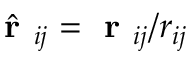
\hat { \textbf { r } } _ { i j } = \textbf { r } _ { i j } / r _ { i j }